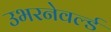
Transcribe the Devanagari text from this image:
उभरनेवर्ल्ड